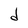
Character: d